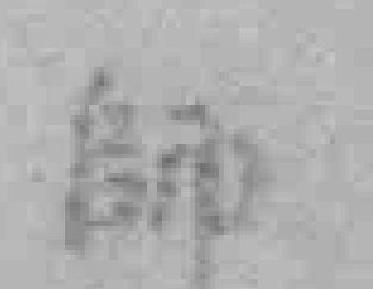
師